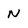
Character: N